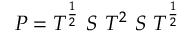
P = T ^ { \frac { 1 } { 2 } } \ S \ T ^ { 2 } \ S \ T ^ { \frac { 1 } { 2 } }